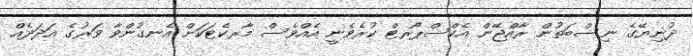
ދުނިޔޭގެ ނިސްބަތުން ރާއްޖޭން އެކްސްޕޯރޓް ކުރެވެނީ އެއްވެސް މާރކެޓަކަށް އެނގުންވާ ވަރުގެ އަދަދެއް